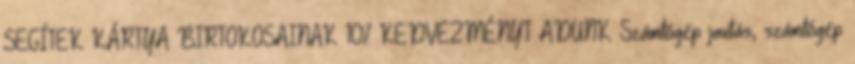
SEGÍTEK KÁRTYA BIRTOKOSAINAK 10% KEDVEZMÉNYT ADUNK Számítógép javítás, számítógép